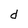
Character: d